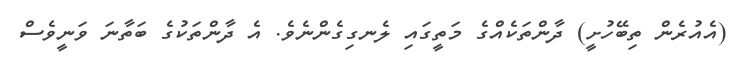
(އެއުރެން ތިބޭހުށީ) ދާންތަކެއްގެ މަތީގައި ލެނގިގެންނެވެ. އެ ދާންތަކުގެ ބަތާނަ ވަނީވެސް